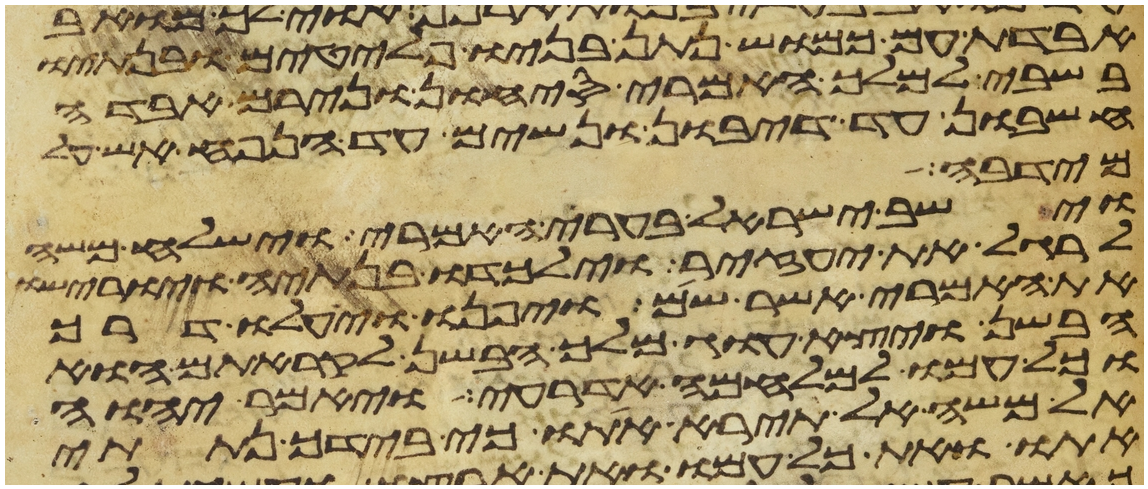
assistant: אבדת עם כמוש נתן בניו פלטים ובנתיו
בשבי למלך האמרי סיחון ונירם אבדה
חשבון עד דיבון ונשים עד הנפח אש על
מריבה
וישב ישראל בערי האמרי וישלח משה
לרגל את יעזיר וילכדו בנתיה ויורישו
את האמרי אשר שם ויפנו ויעלו דרך
הבשן ויצא עוג מלך הבשן לקראתם הוא
וכל עמו למלחמה אדרעי ויאמר יהוה
אל משה אל תירא אתו כי בידך נתתי